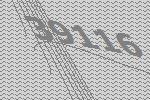
39116